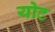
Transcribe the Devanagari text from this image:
योट